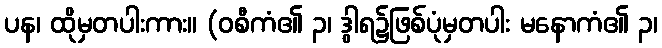
ပန၊ ထိုမှတပါးကား။ (ဝစီကံ၏ ၃၊ ဒွါရ၌ဖြစ်ပုံမှတပါး မနောကံ၏ ၃၊